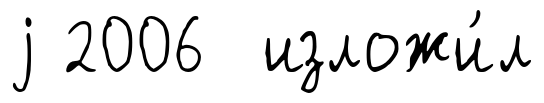
j 2006 изложи́л